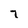
Character: 7